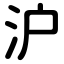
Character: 沪